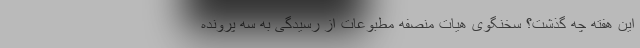
این هفته چه گذشت؟ سخنگوی هیات منصفه مطبوعات از رسیدگی به سه پرونده